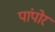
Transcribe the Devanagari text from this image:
पांपोर